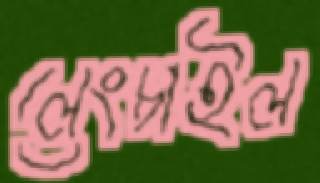
লেংচাইল